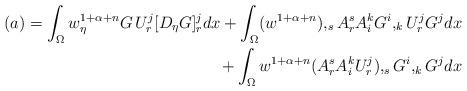
LaTeX: \begin{align*}(a)= \int_{\Omega} w^{1+\alpha+n} _\eta G \, U^j_r[D_\eta G]^j_r dx + \int_{\Omega} (w^{1+\alpha+n}),_sA^s_r A^k_i G^i,_{k} U_{r}^jG^j dx \\+ \int_{\Omega} w^{1+\alpha+n}(A^s_r A^k_i U_{r}^j),_s G^i,_{k} G^j dx \end{align*}